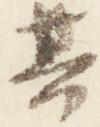
其